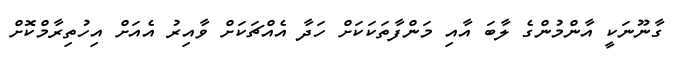
ގާނޫނަކީ އާންމުންގެ ލާބަ އާއި މަންފާތަކަކަށް ހަދާ އެއްޗަކަށް ވާއިރު އެއަށް އިހުތިރާމްކޮށް